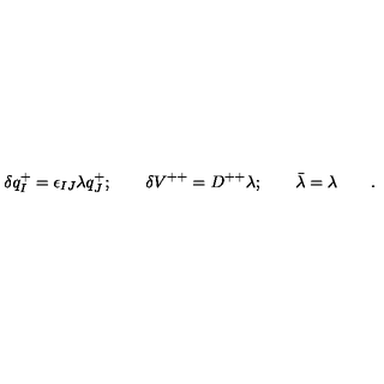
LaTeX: \delta q _ { I } ^ { + } = \epsilon _ { I J } \lambda q _ { J } ^ { + } ; \qquad \delta V ^ { + + } = D ^ { + + } \lambda ; \qquad \bar { \lambda } = \lambda \qquad .